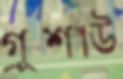
গ্রুশাউ